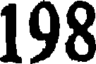
198